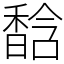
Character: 馠